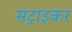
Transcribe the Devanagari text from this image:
सट्राइकर